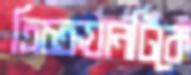
ত্রিচক্রযানটিকে